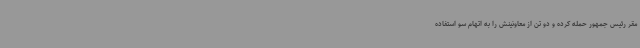
مقر رئیس جمهور حمله کرده و دو تن از معاونینش را به اتهام سو استفاده